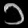
Digit: ၁